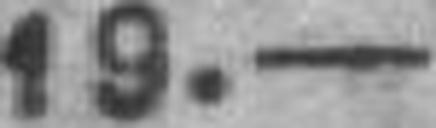
19.—